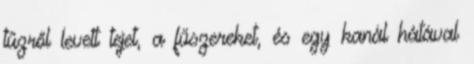
tűzről levett tejet, a fűszereket, és egy kanál hátával